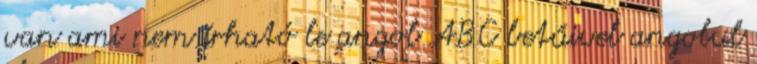
van ami nem írható le angol ABC betűivel angolul